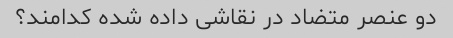
دو عنصر متضاد در نقاشی داده شده کدامند؟